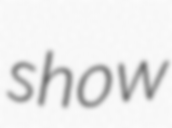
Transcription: show